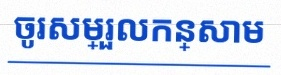
ចូរសម្រួលកន្សោម